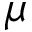
\mu